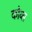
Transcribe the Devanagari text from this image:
कोव्स